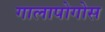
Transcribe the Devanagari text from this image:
गालापोगोस